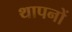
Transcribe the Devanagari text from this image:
थापनों